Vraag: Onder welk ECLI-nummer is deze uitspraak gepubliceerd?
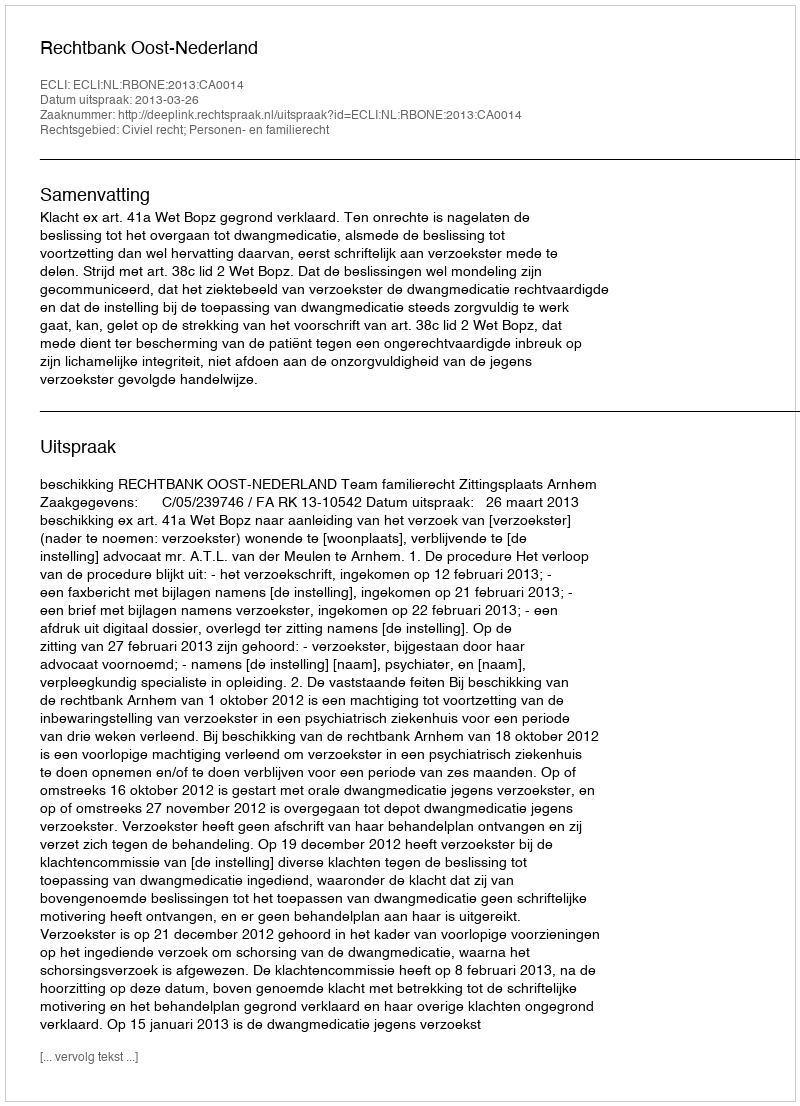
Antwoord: ECLI:NL:RBONE:2013:CA0014